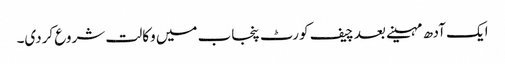
ایک آدھ مہینے بعد چیف کورٹ پنجاب میں وکالت شروع کردی۔